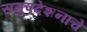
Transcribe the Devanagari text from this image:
समुपदेशनाचे